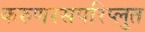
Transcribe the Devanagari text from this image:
करुणरसपरिप्लुत